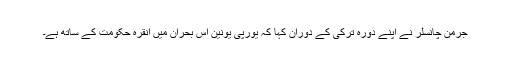
جرمن چانسلر نے اپنے دورہ ترکی کے دوران کہا کہ یورپی یونین اس بحران میں انقرہ حکومت کے ساتھ ہے۔